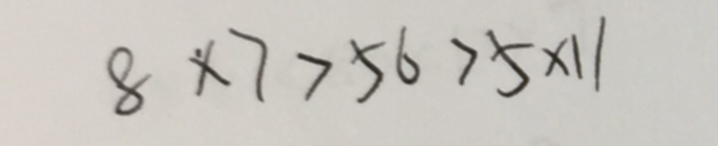
8 \times 7 > 5 6 > 5 \times 1 1